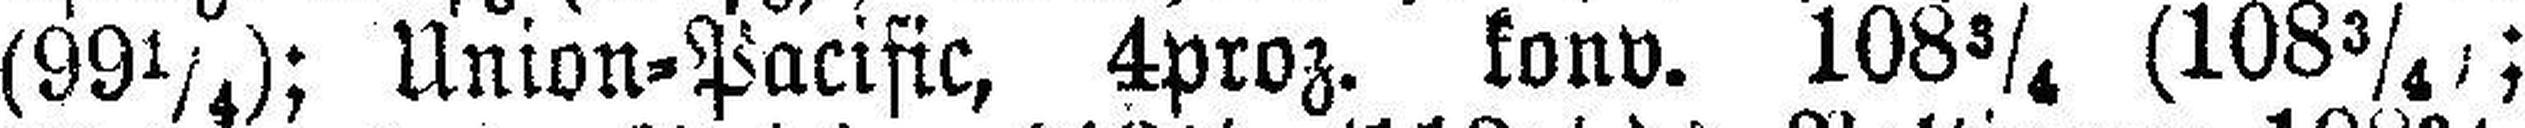
(99¼); Union=Pacific, 4proz. konv. 108¾ (108¾;